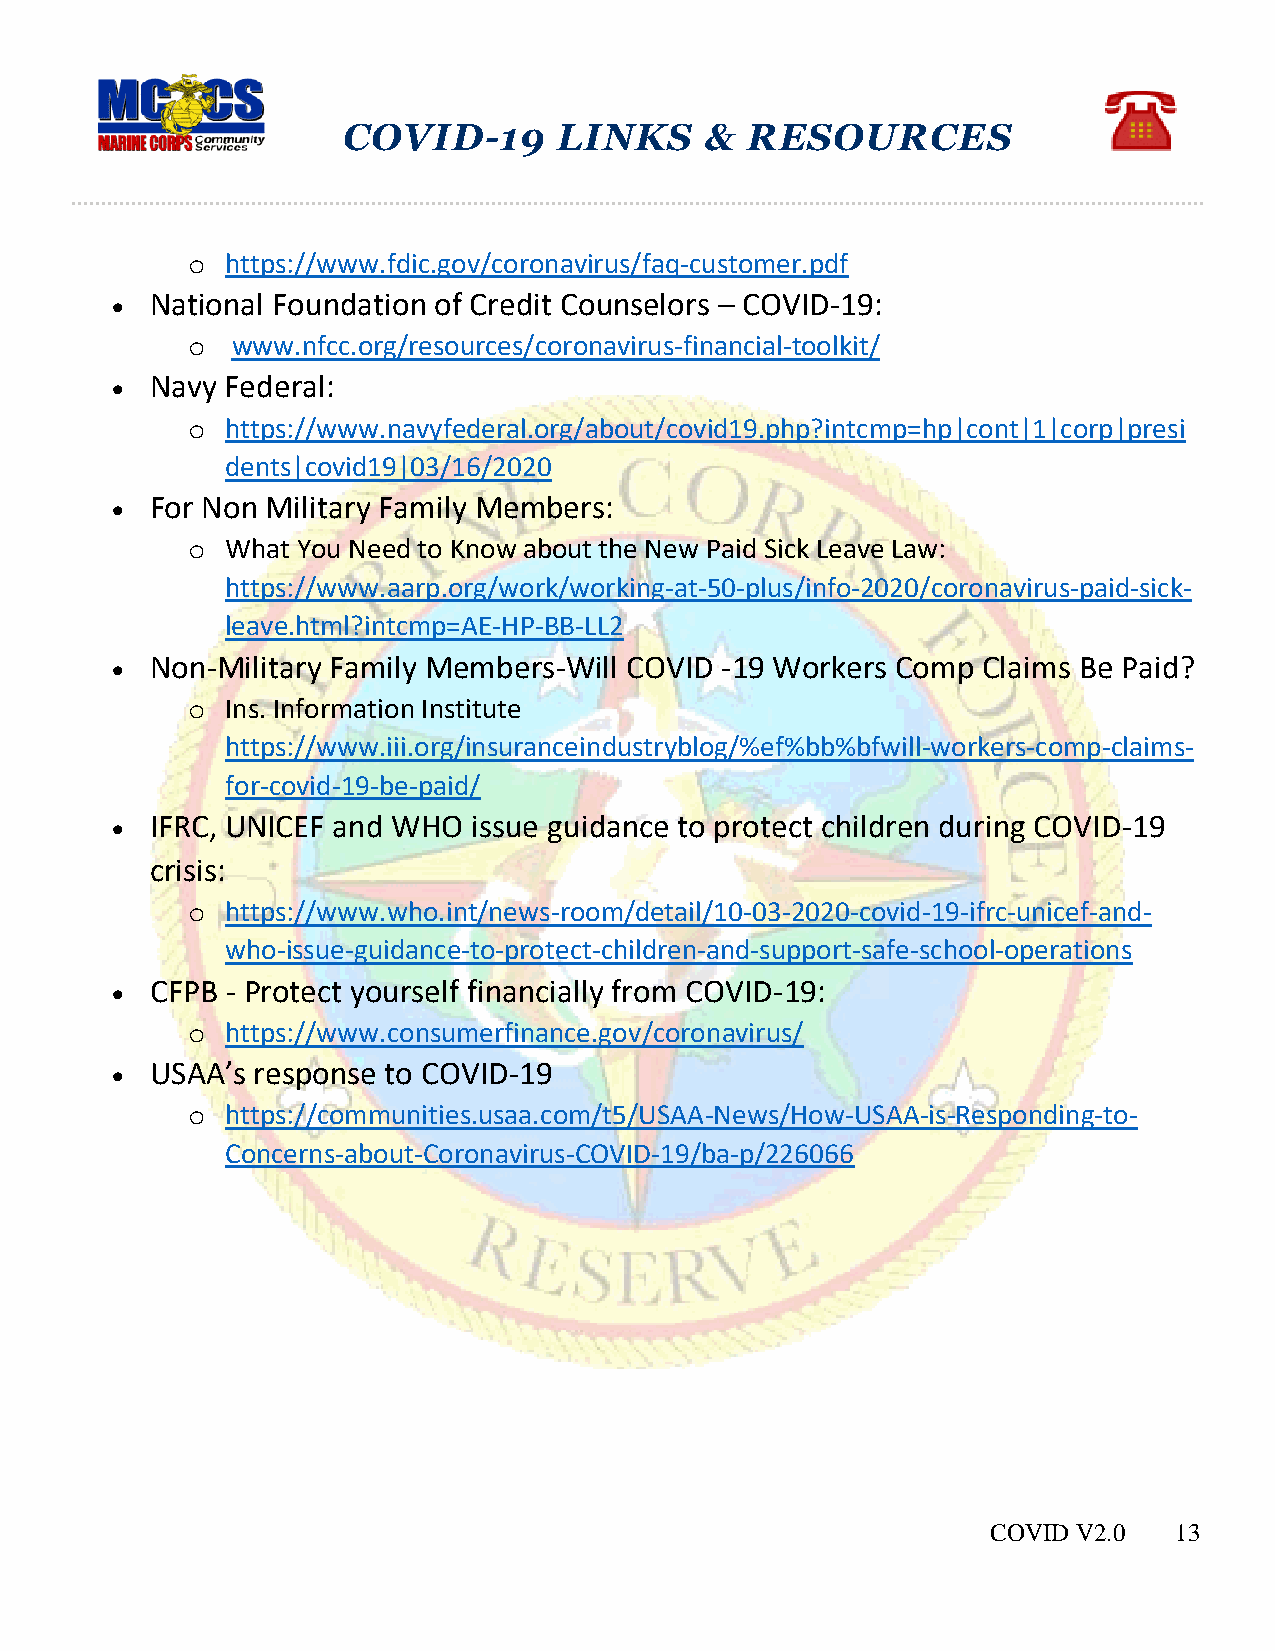
COVID-19      LINKS     & RESOURCES
 o  https://www.fdic.gov/coronavirus/faq-customer.pdf
   National Foundation of Credit Counselors – COVID-19:
 o  www.nfcc.org/resources/coronavirus-financial-toolkit/
   Navy Federal:
 o  https://www.navyfederal.org/about/covid19.php?intcmp=hp|cont|1|corp|presi
 dents|covid19|03/16/2020
   For Non Military Family Members:
 o  What You Need to Know about the New Paid Sick Leave Law:
 https://www.aarp.org/work/working-at-50-plus/info-2020/coronavirus-paid-sick-
 leave.html?intcmp=AE-HP-BB-LL2
   Non-Military Family Members-Will COVID -19 Workers Comp Claims Be Paid?
 o  Ins. Information Institute
 https://www.iii.org/insuranceindustryblog/%ef%bb%bfwill-workers-comp-claims-
 for-covid-19-be-paid/
   IFRC, UNICEF and WHO issue guidance to protect children during COVID-19
 crisis:
 o  https://www.who.int/news-room/detail/10-03-2020-covid-19-ifrc-unicef-and-
 who-issue-guidance-to-protect-children-and-support-safe-school-operations
   CFPB - Protect yourself financially from COVID-19:
 o  https://www.consumerfinance.gov/coronavirus/
   USAA’s response to COVID-19
 o  https://communities.usaa.com/t5/USAA-News/How-USAA-is-Responding-to-
 Concerns-about-Coronavirus-COVID-19/ba-p/226066
 COVID V2.0  13